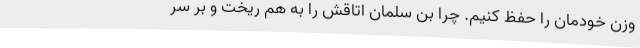
وزن خودمان را حفظ کنیم. چرا بن سلمان اتاقش را به هم ریخت و بر سر